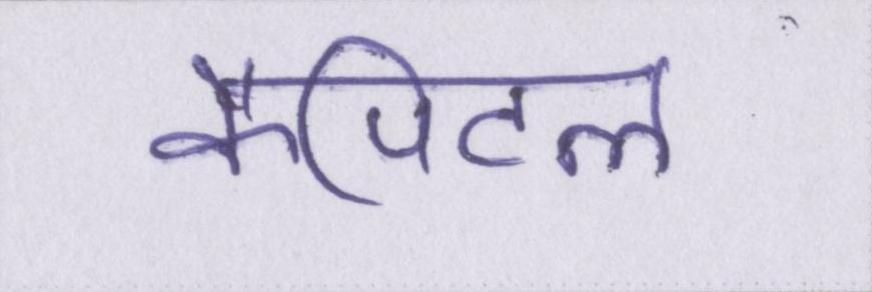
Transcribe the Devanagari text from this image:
कैपिटल